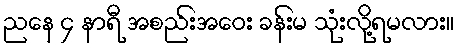
ညနေ ၄ နာရီ အစည်းအဝေး ခန်းမ သုံးလို့ရမလား။